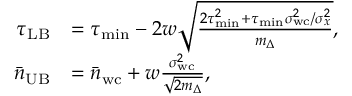
\begin{array} { r l } { \tau _ { \mathrm { L B } } } & { = \tau _ { \mathrm { m i n } } - 2 w \sqrt { \frac { 2 \tau _ { \mathrm { m i n } } ^ { 2 } + \tau _ { \mathrm { m i n } } \sigma _ { \mathrm { w c } } ^ { 2 } / \sigma _ { x } ^ { 2 } } { m _ { \Delta } } } , } \\ { \bar { n } _ { \mathrm { U B } } } & { = \bar { n } _ { \mathrm { w c } } + w \frac { \sigma _ { \mathrm { w c } } ^ { 2 } } { \sqrt { 2 m _ { \Delta } } } , } \end{array}